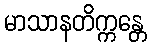
မာသာနတိက္ကန္တေ